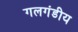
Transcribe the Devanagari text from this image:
गलगंडीय